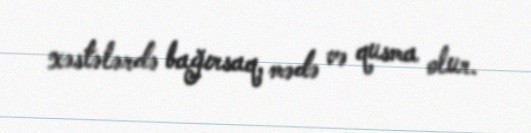
xəstələrdə bağırsaq, mədə və qusma olur.